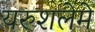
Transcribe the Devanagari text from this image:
यरुशलेमे